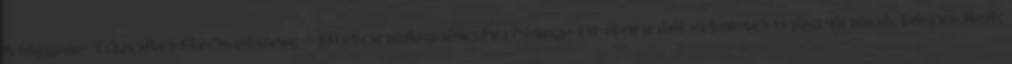
Magyar Tűzoltó Szövetség – Biztonságpiac.hu Nagy-Britanniába tartó migránsok támadtak